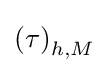
\left(\tau \right)_{h,M}